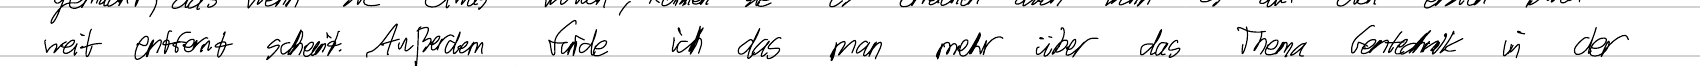
weit entfernt scheint. Außerdem finde ich das man mehr über das Thema Gentechnik in der